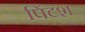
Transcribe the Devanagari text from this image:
पिंटश